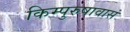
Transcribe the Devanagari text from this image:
किम्पुरुषावासं